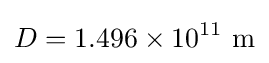
D=1.496\times 10^{11}\ \mathrm {m}